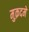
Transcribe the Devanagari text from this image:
मुक़दमें